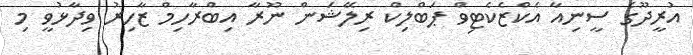
އުރީދޫގެ ސީނިއާ އެކްޒެކެޓިވް ޕަބްލިކް ރިލޭޝަން ނޫރާ އިބްރާހިމް ޒާހިރު ވިދާޅުވީ މި